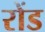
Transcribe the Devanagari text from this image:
रोंड